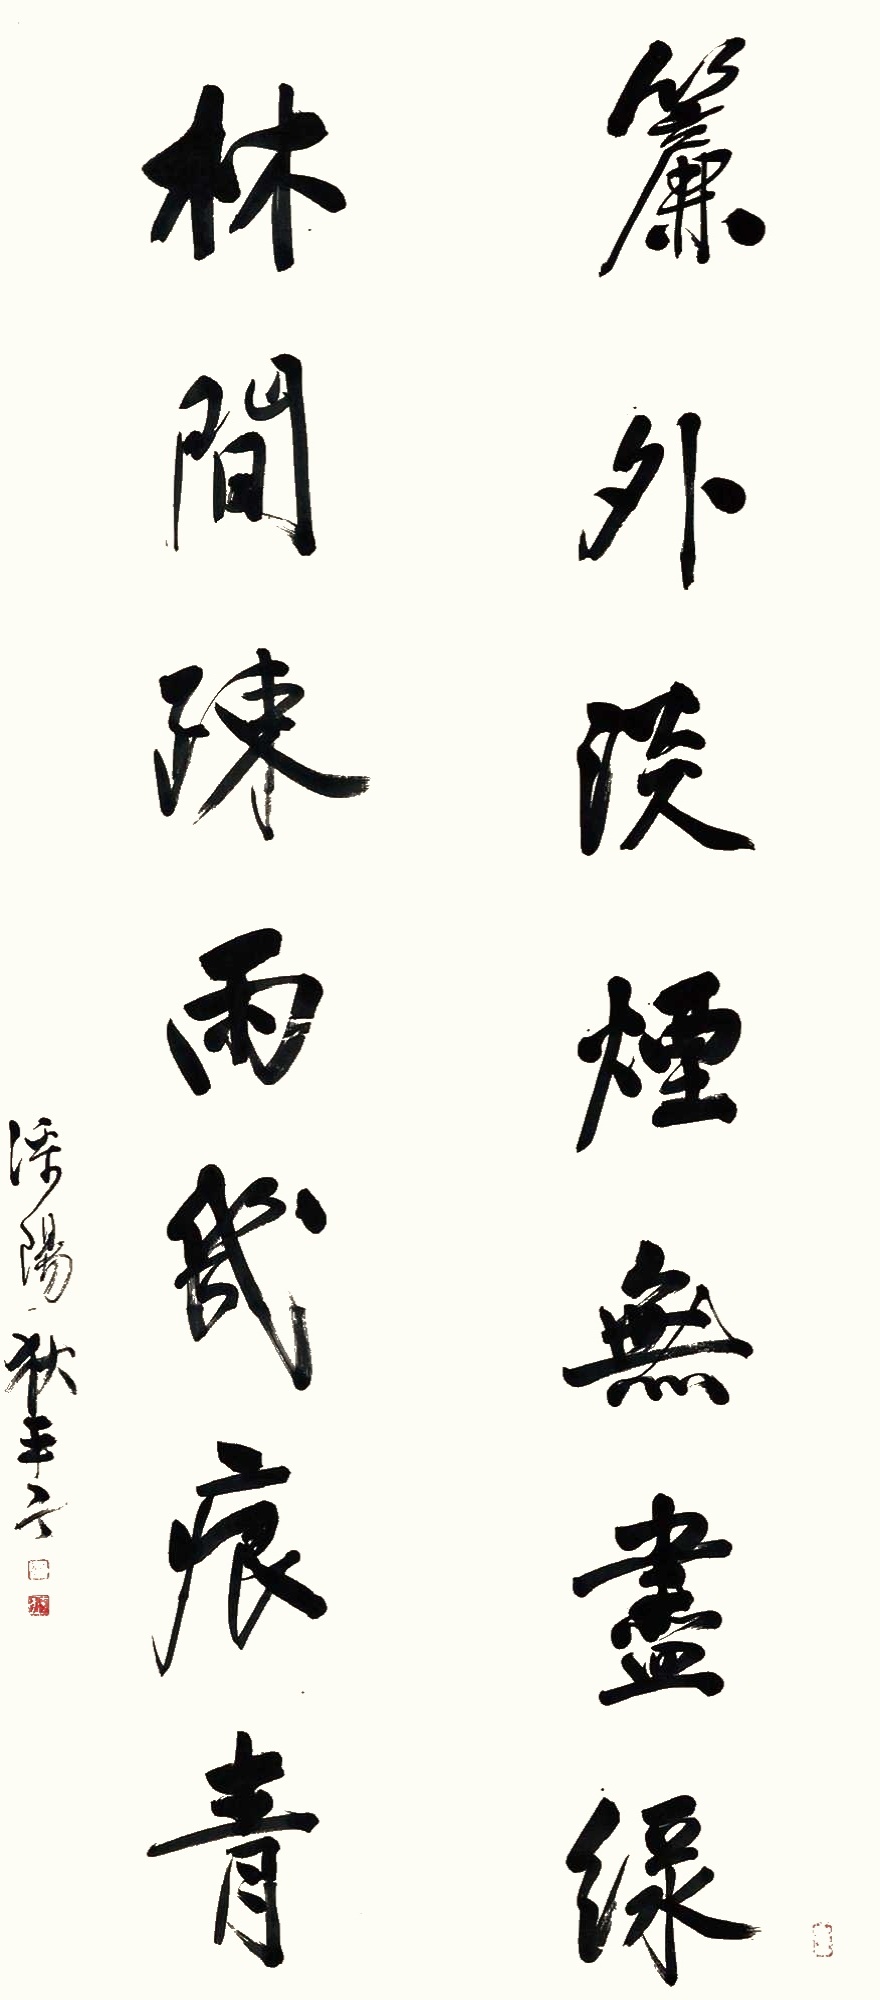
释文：帘外淡烟无尽绿，林间疏雨几痕青。溧阳狄平子。